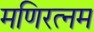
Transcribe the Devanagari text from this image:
मणिरत्‍नम